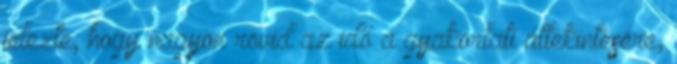
jelezte, hogy nagyon rövid az idő a gyakorlati áttekintésére,